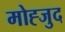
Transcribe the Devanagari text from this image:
मोह्जुद